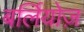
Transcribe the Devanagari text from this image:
बर्लियोज़